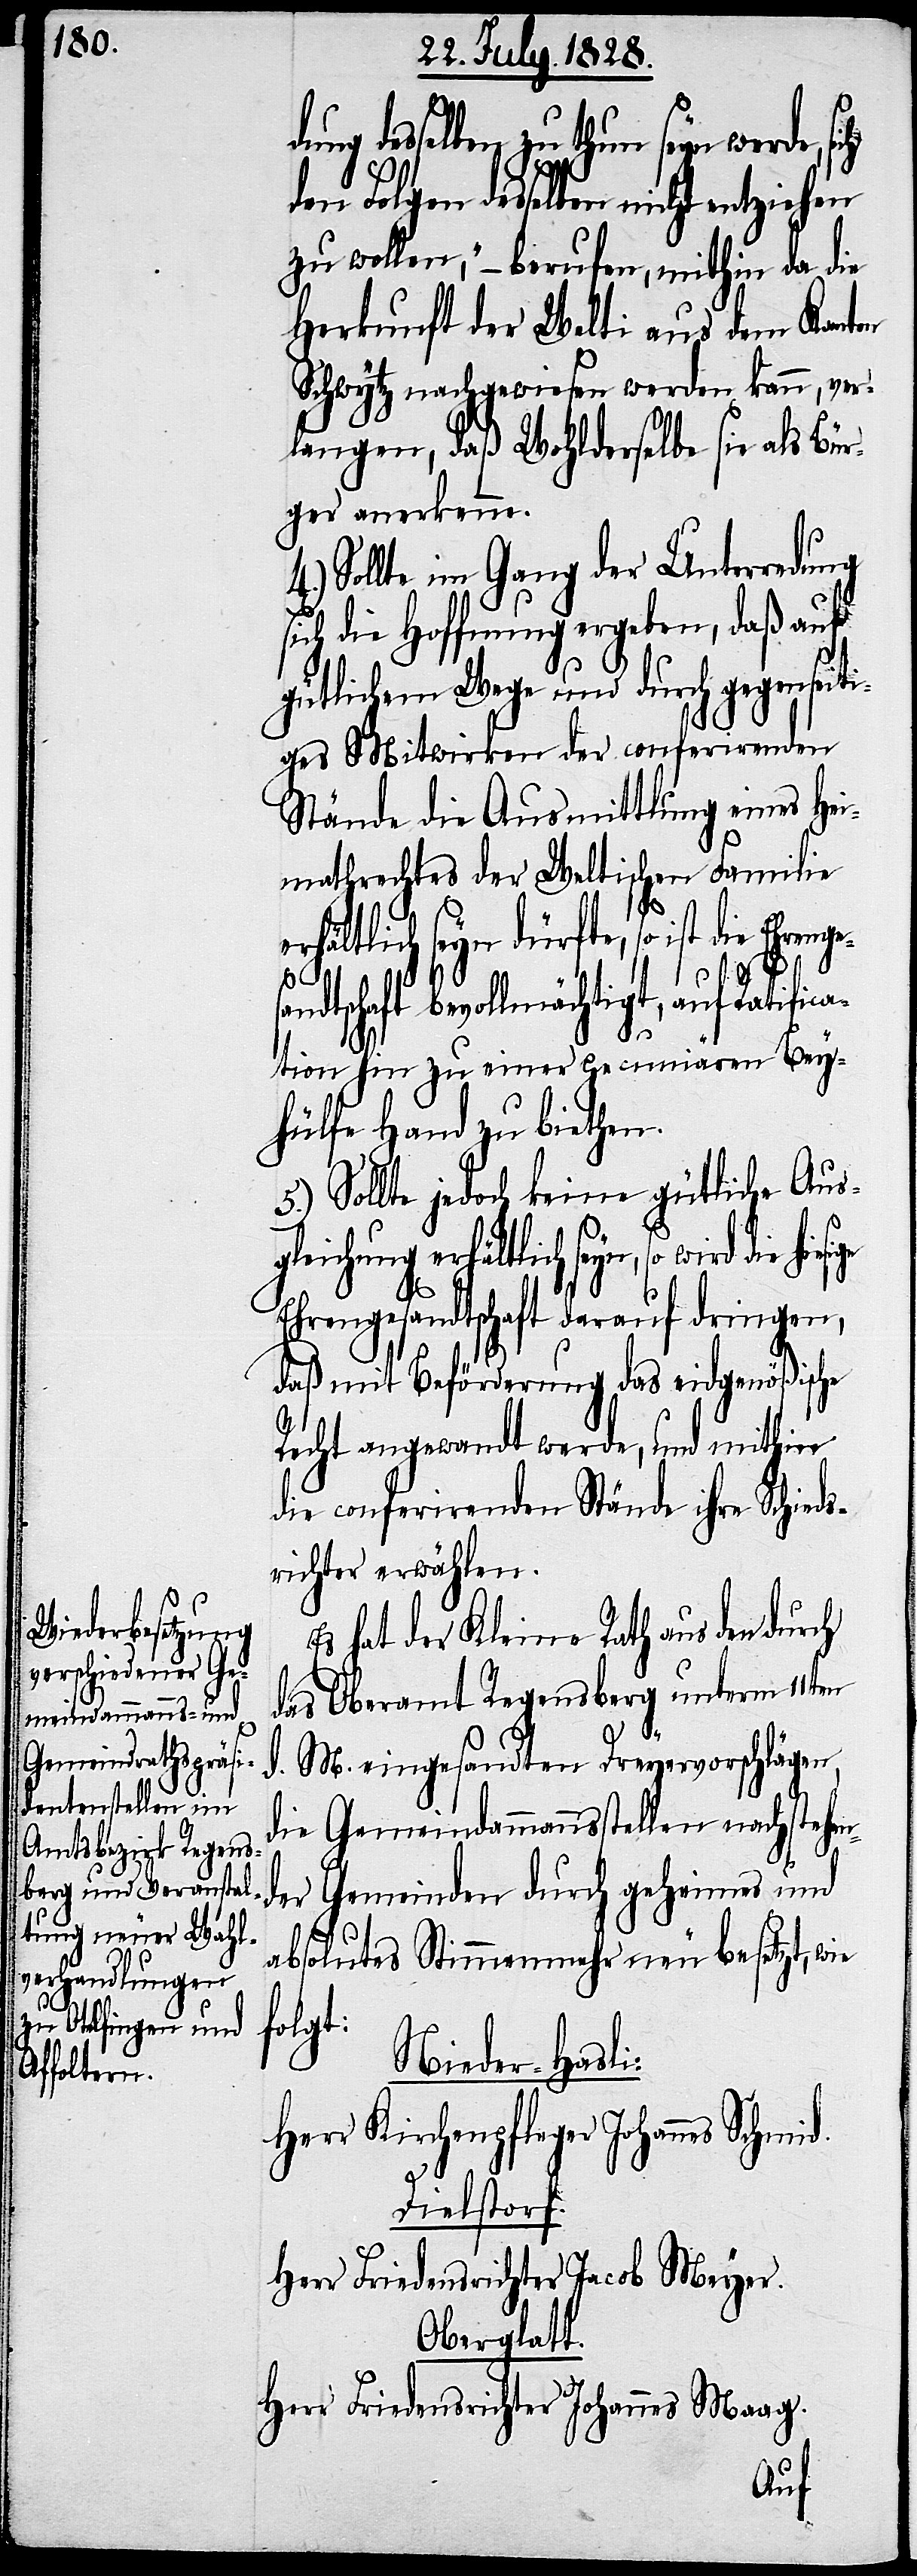
desselben zu thun seyn werde,
den Folgen desselben nicht entziehen
zu wollen,“ – berufen, mithin da die
Herkunft der Welti aus dem Kanton
Schwytz nachgewiesen werden kann, ver¬
langen, daß Wohlderselbe sie als Bür¬
ger anerkenne.
Sollte im Gang der Unterredung
ich die Hoffnung ergeben, daß auf
gütlichem Wege und durch gegenseiti¬
ges Mitwirken der conferirenden
Stände die Ausmittlung eines Hei¬
mathrechtes der Weltischen Familie
ch seyn dürfte, so ist die Ehre¬
s¬
nges¬
andtschaft bevollmächtigt, auf Ratifica¬
tion hin zu einer pecumiären Bey¬
hülfe Hand zu biethen.
5.) Sollte jedoch keine gütliche Aus¬
gleichung erhältlich seyn, so wird die
Ehrengesandtschaft darauf dringen,
daß mit Beförderung das eidgenößische
Recht angewandt werde, und mithin
die conferirenden Stände ihre Schieds¬
richter erwählen.
Es hat der Kleine Rath aus den durch
das Oberamt Regensberg unterm 11.
d. M. eingesandten Dreyervorschlägen,
die Gemeindammannsstellen nachstehen¬
der Gemeinden durch geheimes und
absolutes Stimmenmehr neu besetzt, wie
folgt:
Nieder-Hasli:
Herr Kirchenpfleger Johannes Schmid.
Dielstorf.
Herr Friedensrichter Jacob Meyer.
Oberglatt.
Herr Friedensrichter Johannes Maag.